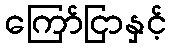
ကြော်ငြာနှင့်